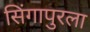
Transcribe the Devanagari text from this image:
सिंगापुरला